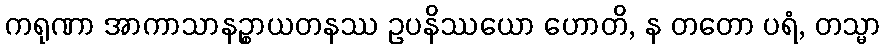
ကရုဏာ အာကာသာနဉ္စာယတနဿ ဥပနိဿယော ဟောတိ, န တတော ပရံ, တသ္မာ